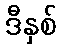
ဒီနှစ်